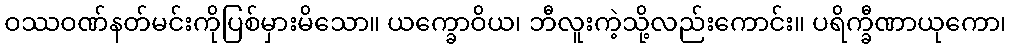
ဝဿဝဏ်နတ်မင်းကိုပြစ်မှားမိသော။ ယက္ခောဝိယ၊ ဘီလူးကဲ့သို့လည်းကောင်း။ ပရိက္ခီဏာယုကော၊